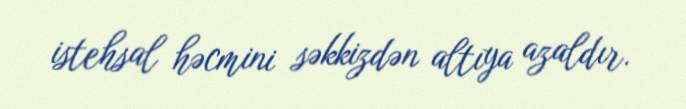
istehsal həcmini səkkizdən altıya azaldır.